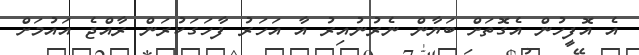
އެ އޮފީހުން އެގޮތަށް ބަޔާން ނެރުނުއިރު އާ އަހަރު ފާހަގަކުރަން ރާއްޖެ އައުމަށް